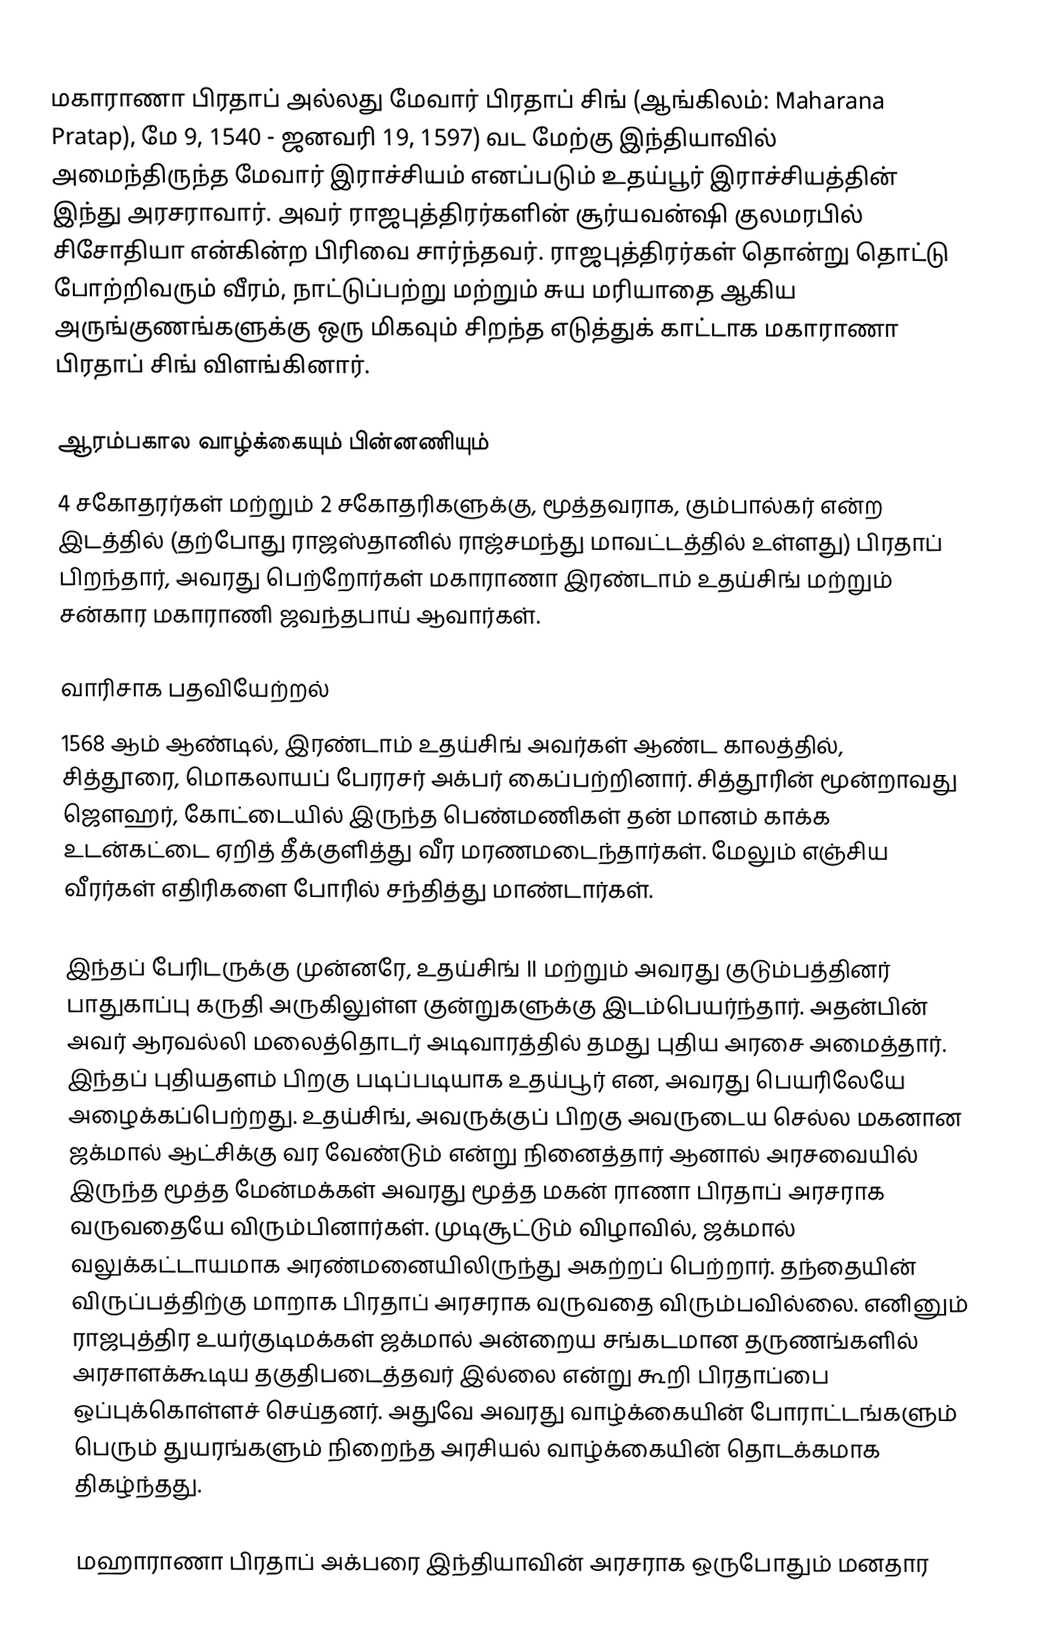
மகாராணா பிரதாப் அல்லது மேவார் பிரதாப் சிங் (ஆங்கிலம்: Maharana Pratap), மே 9, 1540 - ஜனவரி 19, 1597) வட மேற்கு இந்தியாவில் அமைந்திருந்த மேவார் இராச்சியம் எனப்படும் உதய்பூர் இராச்சியத்தின் இந்து அரசராவார். அவர் ராஜபுத்திரர்களின் சூர்யவன்ஷி குலமரபில் சிசோதியா என்கின்ற பிரிவை சார்ந்தவர். ராஜபுத்திரர்கள் தொன்று தொட்டு போற்றிவரும் வீரம், நாட்டுப்பற்று மற்றும் சுய மரியாதை ஆகிய அருங்குணங்களுக்கு ஒரு மிகவும் சிறந்த எடுத்துக் காட்டாக மகாராணா பிரதாப் சிங் விளங்கினார்.

ஆரம்பகால வாழ்க்கையும் பின்னணியும்
4 சகோதரர்கள் மற்றும் 2 சகோதரிகளுக்கு, மூத்தவராக, கும்பால்கர் என்ற இடத்தில் (தற்போது ராஜஸ்தானில் ராஜ்சமந்து மாவட்டத்தில் உள்ளது) பிரதாப் பிறந்தார், அவரது பெற்றோர்கள் மகாராணா இரண்டாம் உதய்சிங் மற்றும் சன்கார மகாராணி ஜவந்தபாய் ஆவார்கள்.

வாரிசாக பதவியேற்றல்
1568 ஆம் ஆண்டில்,  இரண்டாம் உதய்சிங் அவர்கள் ஆண்ட காலத்தில், சித்தூரை, மொகலாயப் பேரரசர் அக்பர் கைப்பற்றினார். சித்தூரின் மூன்றாவது  ஜௌஹர், கோட்டையில் இருந்த பெண்மணிகள் தன் மானம் காக்க உடன்கட்டை ஏறித் தீக்குளித்து வீர மரணமடைந்தார்கள். மேலும் எஞ்சிய வீரர்கள் எதிரிகளை போரில் சந்தித்து மாண்டார்கள்.

இந்தப் பேரிடருக்கு முன்னரே, உதய்சிங் II மற்றும் அவரது குடும்பத்தினர் பாதுகாப்பு கருதி அருகிலுள்ள குன்றுகளுக்கு இடம்பெயர்ந்தார். அதன்பின் அவர் ஆரவல்லி மலைத்தொடர் அடிவாரத்தில் தமது புதிய அரசை அமைத்தார். இந்தப் புதியதளம் பிறகு படிப்படியாக உதய்பூர் என, அவரது பெயரிலேயே அழைக்கப்பெற்றது. உதய்சிங், அவருக்குப் பிறகு அவருடைய செல்ல மகனான ஜக்மால் ஆட்சிக்கு வர வேண்டும் என்று நினைத்தார் ஆனால் அரசவையில் இருந்த மூத்த மேன்மக்கள் அவரது மூத்த மகன் ராணா பிரதாப் அரசராக வருவதையே விரும்பினார்கள். முடிசூட்டும் விழாவில், ஜக்மால் வலுக்கட்டாயமாக அரண்மனையிலிருந்து அகற்றப் பெற்றார். தந்தையின் விருப்பத்திற்கு மாறாக பிரதாப் அரசராக வருவதை விரும்பவில்லை. எனினும் ராஜபுத்திர உயர்குடிமக்கள் ஜக்மால் அன்றைய சங்கடமான தருணங்களில் அரசாளக்கூடிய தகுதிபடைத்தவர் இல்லை என்று கூறி பிரதாப்பை ஒப்புக்கொள்ளச் செய்தனர். அதுவே அவரது வாழ்க்கையின் போராட்டங்களும் பெரும் துயரங்களும் நிறைந்த அரசியல் வாழ்க்கையின் தொடக்கமாக திகழ்ந்தது.

மஹாராணா பிரதாப் அக்பரை இந்தியாவின் அரசராக ஒருபோதும் மனதார